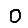
Digit: 0